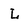
Character: L